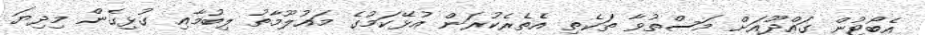
އެބޯޓުން ގައްދޫއަށް މަސްތުވާ ތަކެތި އެތެރެކުރަން އުޅޭކަމުގެ މައުލޫމާތު ލިބުމާއި ގުޅިގެން މިދިޔަ